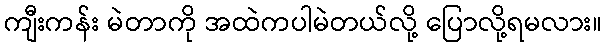
ကျီးကန်း မဲတာကို အထဲကပါမဲတယ်လို့ ပြောလို့ရမလား။